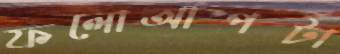
ফলোআপটা